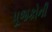
પૂજકોની